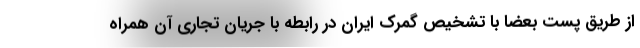
از طریق پست بعضا با تشخیص گمرک ایران در رابطه با جریان تجاری آن همراه